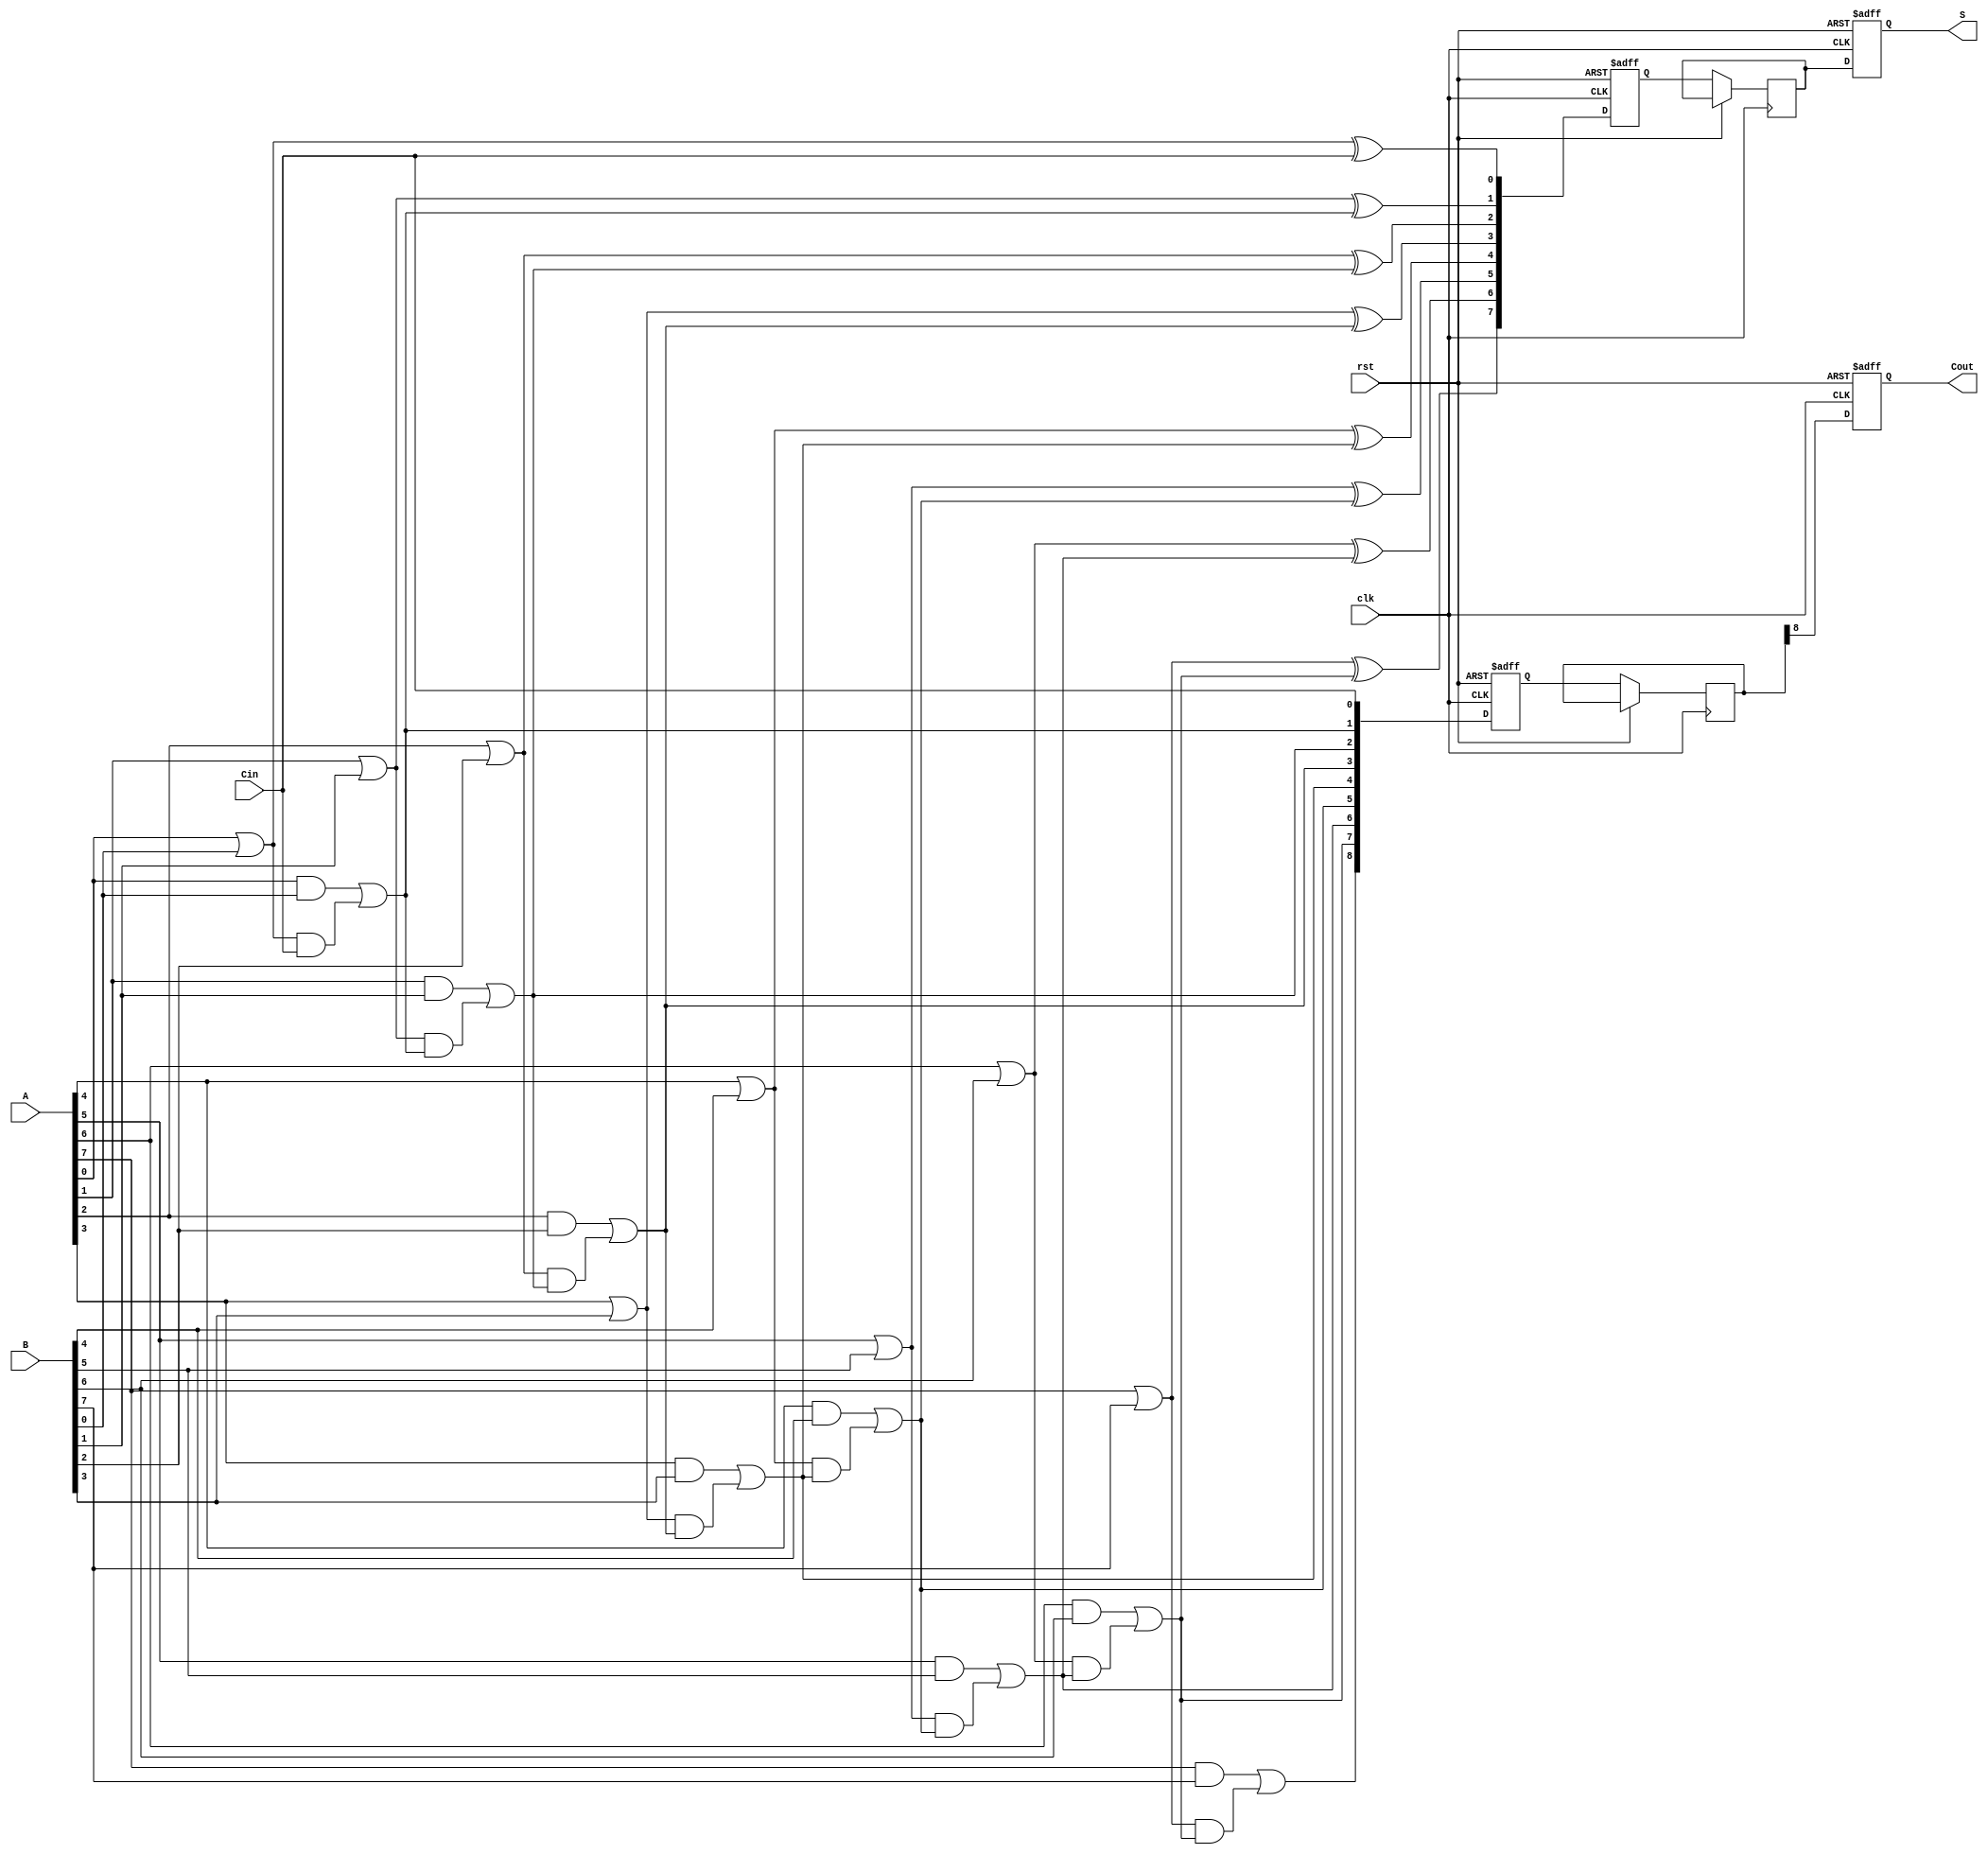
module pipelined_cla #(parameter N = 8, // Number of bits
                       parameter STAGES = 2) // Number of pipeline stages
(
    input wire clk,
    input wire rst,
    input wire [N-1:0] A,
    input wire [N-1:0] B,
    input wire Cin,
    output reg [N-1:0] S,
    output reg Cout
);

// Intermediate signals
wire [N-1:0] G; // Generate signals
wire [N-1:0] P; // Propagate signals
wire [N:0] C;   // Carry signals

// Generate and Propagate Logic
genvar i;
generate
    for (i = 0; i < N; i = i + 1) begin : gen_prop
        assign G[i] = A[i] & B[i]; // Generate
        assign P[i] = A[i] | B[i]; // Propagate
    end
endgenerate

// Carry Calculation
assign C[0] = Cin;
generate
    for (i = 1; i <= N; i = i + 1) begin : carry_calc
        assign C[i] = G[i-1] | (P[i-1] & C[i-1]); // Carry
    end
endgenerate

// Sum Calculation
wire [N-1:0] sum;
generate
    for (i = 0; i < N; i = i + 1) begin : sum_calc
        assign sum[i] = P[i] ^ C[i]; // Sum
    end
endgenerate

// Pipelining Registers
reg [N-1:0] stage_sum [0:STAGES-1];
reg [N:0] stage_carry [0:STAGES-1];

// Stage Processing
always @(posedge clk or posedge rst) begin
    if (rst) begin
        S <= 0;
        Cout <= 0;
        stage_sum[0] <= 0;
        stage_carry[0] <= 0;
    end else begin
        // Stage 0
        stage_sum[0] <= sum;
        stage_carry[0] <= C;

        // Stage 1
        if (STAGES > 1) begin
            stage_sum[1] <= stage_sum[0];
            stage_carry[1] <= stage_carry[0];
        end

        // Final Output
        S <= stage_sum[STAGES-1];
        Cout <= stage_carry[STAGES-1][N];
    end
end

endmodule